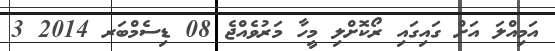
އަމިއްލަ އަށް ގައިގައި ރޯކޮށްލި މީހާ މަރުވެއްޖެ 08 ޑިސެމްބަރ 2014 3